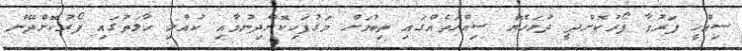
ސިއްހީ ފަރުވާ ފޯރުކޮށްދީ ދުޅަހެޔޮ ސިއްހަތެއްގައި ތިބުމަށް މަގުފަހިކޮށްދިނުމާއި ކުއްލި ހާލަތުގައި ފޯރުކޮށްދޭން